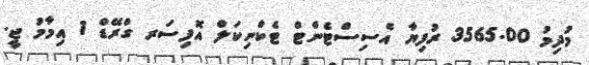
މުދިމު 3565.00 ރުފިޔާ އެސިސްޓެންޓް ޓެކްނިކަލް އޮފިސަރ ގްރޭޑް 1 އިމާމު ޖީ.